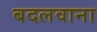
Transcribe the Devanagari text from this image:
बदलवाना